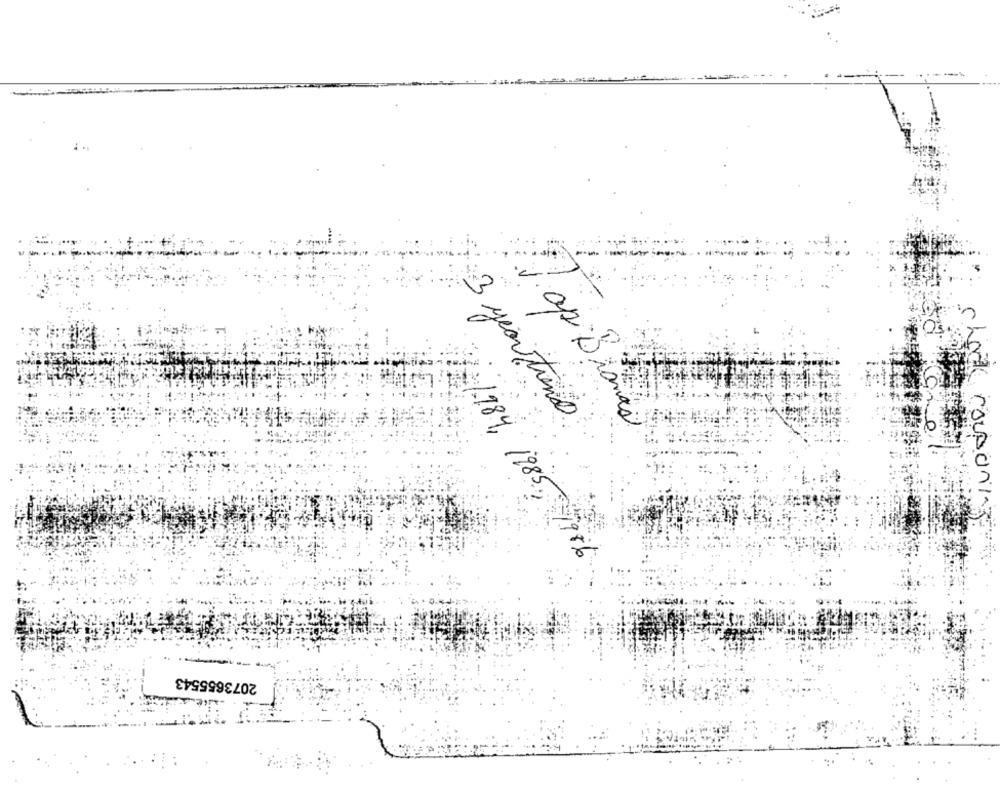
3 year tiens
Pap Bianas
couponKg
7/184, 1985 , 1986
2073655543